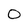
Character: 0